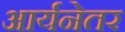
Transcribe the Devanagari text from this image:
आर्यनेतर